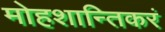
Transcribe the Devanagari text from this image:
मोहशान्तिकरं